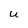
Character: U